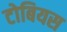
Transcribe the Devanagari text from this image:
टोबियस